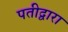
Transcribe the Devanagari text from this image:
पतीद्वारा